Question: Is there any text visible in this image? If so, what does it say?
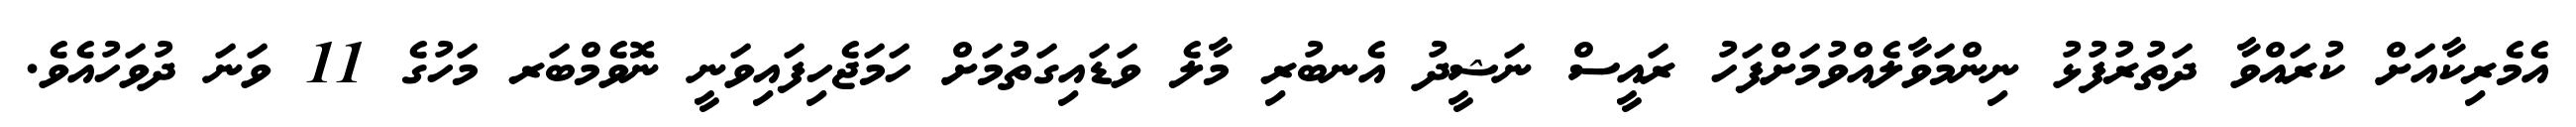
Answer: އެމެރިކާއަށް ކުރައްވާ ދަތުރުފުޅު ނިންމަވާލެއްވުމަށްފަހު ރައީސް ނަޝީދު އެނބުރި މާލެ ވަޑައިގަތުމަށް ހަމަޖެހިފައިވަނީ ނޮވެމްބަރ މަހުގެ 11 ވަނަ ދުވަހުއެވެ.